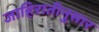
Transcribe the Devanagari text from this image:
जाहिरातीनुसार